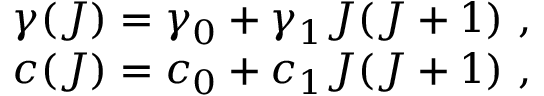
\begin{array} { l } { { \gamma ( J ) = \gamma _ { 0 } + \gamma _ { 1 } J ( J + 1 ) ~ , } } \\ { { c ( J ) = c _ { 0 } + c _ { 1 } J ( J + 1 ) ~ , } } \end{array}